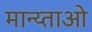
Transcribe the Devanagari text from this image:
मान्य्ताओ